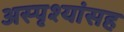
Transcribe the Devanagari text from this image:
अस्पृश्यांसह